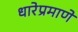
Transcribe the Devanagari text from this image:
धारेप्रमाणे